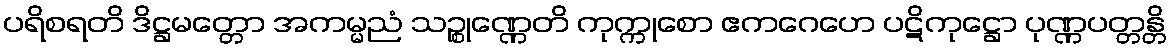
ပရိစရတိ ဒိဋ္ဌမတ္တော အကမ္မညံ သဉ္စုဏ္ဏေတိ ကုက္ကုစော ဧကဂေဟေ ပဋိကုဋ္ဌော ပုဏ္ဏပတ္တန္တိ